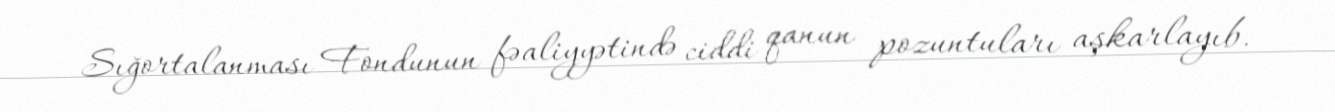
Sığortalanması Fondunun fəaliyyətində ciddi qanun pozuntuları aşkarlayıb.